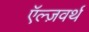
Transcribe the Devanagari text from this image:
ऍल्ज़वर्थ